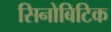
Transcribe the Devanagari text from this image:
सिनोबिटिक